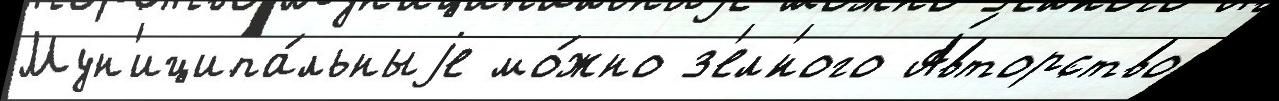
Мун'иципа́льныjе мо́жно з'ел'́ного А́вторство